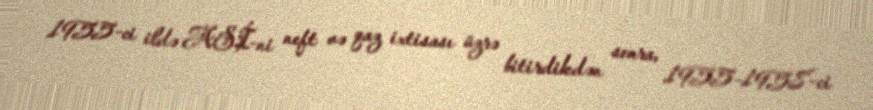
1955-ci ildə ASİ-ni neft və qaz ixtisası üzrə bitirdikdən sonra, 1955–1958-ci